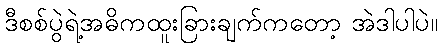
ဒီစစ်ပွဲရဲ့အဓိကထူးခြားချက်ကတော့ အဲဒါပါပဲ။